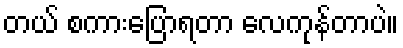
တယ် စကားပြောရတာ လေကုန်တာပဲ။